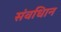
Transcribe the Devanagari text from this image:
संवधिान